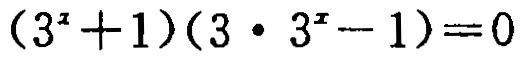
\((3^{x}+1)(3\cdot 3^{x}-1)=0\)